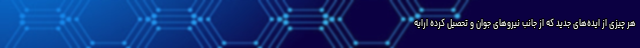
هر چیزی از ایده‌های جدید که از جانب نیروهای جوان و تحصیل کرده ارایه